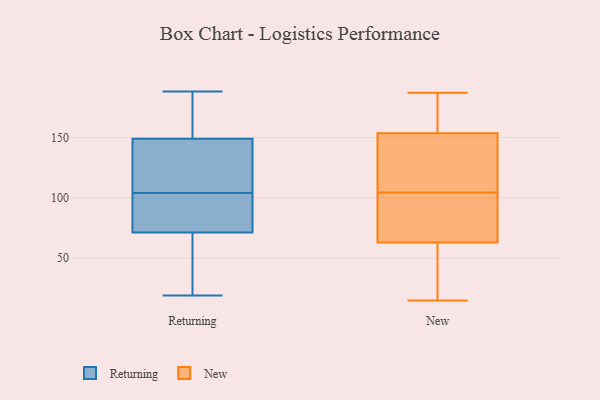
{"axis": {"x": "Production Output", "y": "Value"}, "legend": ["New", "Returning"], "data": [{"x": "", "y": 162, "type": "Returning"}, {"x": "", "y": 188, "type": "Returning"}, {"x": "", "y": 52, "type": "Returning"}, {"x": "", "y": 143, "type": "Returning"}, {"x": "", "y": 69, "type": "Returning"}, {"x": "", "y": 78, "type": "Returning"}, {"x": "", "y": 122, "type": "Returning"}, {"x": "", "y": 19, "type": "Returning"}, {"x": "", "y": 95, "type": "Returning"}, {"x": "", "y": 151, "type": "Returning"}, {"x": "", "y": 104, "type": "Returning"}, {"x": "", "y": 166, "type": "New"}, {"x": "", "y": 56, "type": "New"}, {"x": "", "y": 70, "type": "New"}, {"x": "", "y": 15, "type": "New"}, {"x": "", "y": 71, "type": "New"}, {"x": "", "y": 111, "type": "New"}, {"x": "", "y": 23, "type": "New"}, {"x": "", "y": 122, "type": "New"}, {"x": "", "y": 19, "type": "New"}, {"x": "", "y": 166, "type": "New"}, {"x": "", "y": 103, "type": "New"}, {"x": "", "y": 88, "type": "New"}, {"x": "", "y": 158, "type": "New"}, {"x": "", "y": 106, "type": "New"}, {"x": "", "y": 187, "type": "New"}, {"x": "", "y": 149, "type": "New"}]}